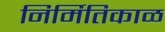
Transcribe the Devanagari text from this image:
निर्मितिकाळ